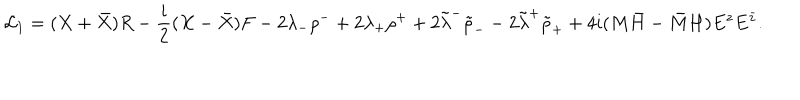
{ \cal L } _ { 1 } = ( X + \bar { X } ) R - { \frac { i } { 2 } } ( X - \bar { X } ) F - 2 \lambda _ { - } \rho ^ { - } + 2 \lambda _ { + } \rho ^ { + } + 2 \tilde { \lambda } ^ { - } { \tilde { \rho } } _ { -- } 2 \tilde { \lambda } ^ { + } { \tilde { \rho } } _ { + } + 4 i ( M \bar { H } - \bar { M } H ) E ^ { z } E ^ { \bar { z } } .